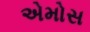
એમોસ